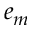
e _ { m }